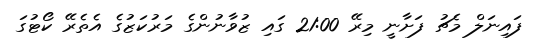
ފައިނަލް މެޗު ފަށާނީ މިރޭ 21:00 ގައި ޒުވާނުންގެ މަރުކަޒުގެ އެތެރޭ ކޯޓުގަ